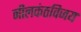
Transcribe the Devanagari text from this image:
नीलकंठविजय